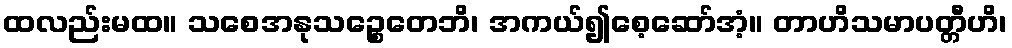
ထလည်းမထ။ သစေအနုသဉ္စေတေဘိ၊ အကယ်၍စေ့ဆော်အံ့။ တာဟိသမာပတ္တီဟိ၊